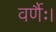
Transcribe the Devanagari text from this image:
वर्णैः।